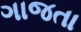
ગાજતા